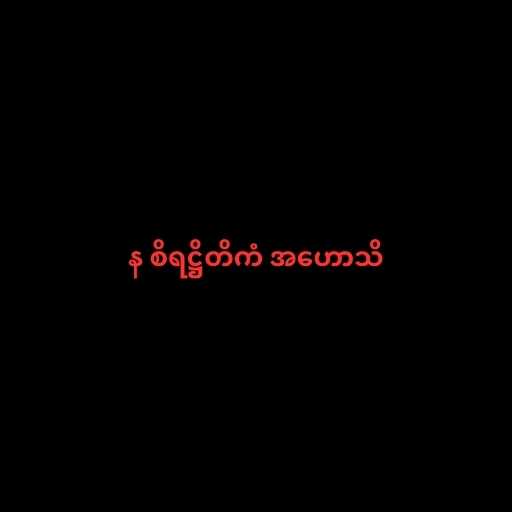
န စိရဋ္ဌိတိကံ အဟောသိ